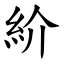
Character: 紒